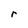
Character: r